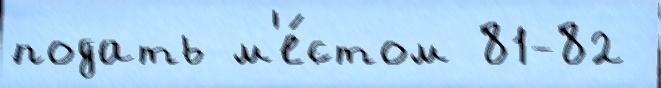
подать м'е́стом 81-82